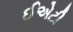
ઈએટી